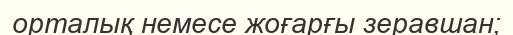
орталық немесе жоғарғы зеравшан;